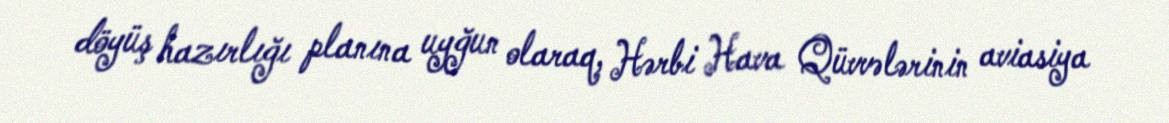
döyüş hazırlığı planına uyğun olaraq, Hərbi Hava Qüvvələrinin aviasiya